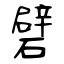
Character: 礕